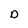
Character: D